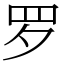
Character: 罗